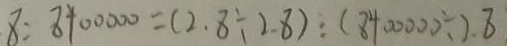
8 : 8 4 0 0 0 0 0 = ( 2 . 8 \div 2 . 8 ) : ( 8 4 0 0 0 0 0 \div 2 . 8